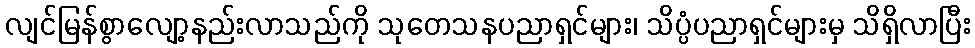
လျင်မြန်စွာလျော့နည်းလာသည်ကို သုတေသနပညာရှင်များ၊ သိပ္ပံပညာရှင်များမှ သိရှိလာပြီး